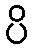
ပိ